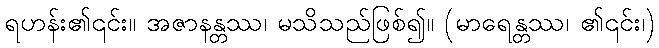
ရဟန်း၏၎င်း။ အဇာနန္တဿ၊ မသိသည်ဖြစ်၍။ (မာရေန္တဿ၊ ၏၎င်း၊)